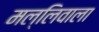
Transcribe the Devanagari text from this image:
मल्लिवाला